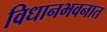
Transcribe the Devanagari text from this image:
विधानभवनात